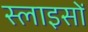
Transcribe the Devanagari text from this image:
स्लाइसों